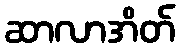
ဆာလာအိတ်